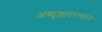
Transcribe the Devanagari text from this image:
अब्दुल्लांदरम्यान